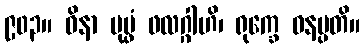
၉၀၃။ ဝိနာ ပုပ္ဖံ ဖလဂ္ဂါဟိ၊ ရုက္ခေ ဝနပ္ပတိ။